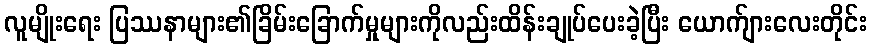
လူမျိုးရေး ပြဿနာများ၏ခြိမ်းခြောက်မှုများကိုလည်းထိန်းချုပ်ပေးခဲ့ပြီး ယောက်ျားလေးတိုင်း